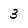
Character: 3